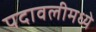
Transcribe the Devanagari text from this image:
पदावलीमध्ये